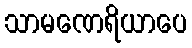
သာမဏေရိယာပေ